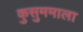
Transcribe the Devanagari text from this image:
कुसुममाला